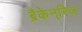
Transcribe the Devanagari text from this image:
ब्रैकेन्‌रिज